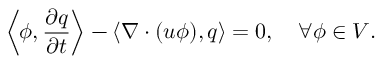
\left\langle \phi , \frac { \partial q } { \partial t } \right\rangle - \left\langle \nabla \cdot ( u \phi ) , q \right\rangle = 0 , \quad \forall \phi \in V .